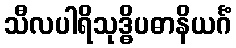
သီလပါရိသုဒ္ဓိပဓာနိယင်္ဂံ